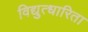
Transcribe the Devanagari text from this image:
विद्युत्धारिता